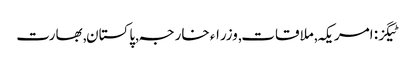
ٹیگز: امریکہ , ملاقات , وزراء خارجہ , پاکستان , بھارت